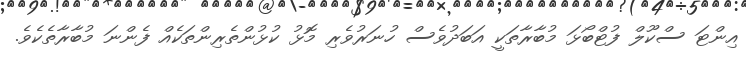
އިންޓަ ސްކޫލް ފުޓްބޯޅަ މުބާރާތަކީ އަބަދުވެސް ހުނަރުވެރި މޮޅު ކުޅުންތެރިންތަކެއް ފެންނަ މުބާރާތެކެވެ.